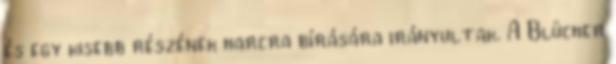
és egy kisebb részének harcra bírására irányultak. A Blücher